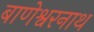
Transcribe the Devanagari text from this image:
बाणेश्वरनाथ